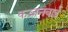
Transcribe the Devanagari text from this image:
कज्जनबाई